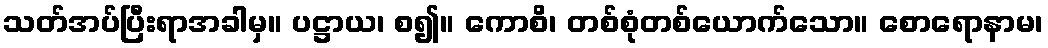
သတ်အပ်ပြီးရာအခါမှ။ ပဋ္ဌာယ၊ စ၍။ ကောစိ၊ တစ်စုံတစ်ယောက်သော။ စောရောနာမ၊